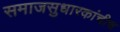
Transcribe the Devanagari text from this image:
समाजसुधारकांचीच